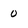
Character: 0